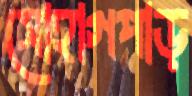
সোহাগপাড়